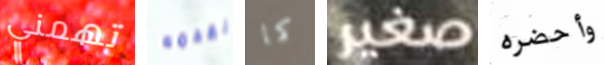
تهمني نقدمه كما صغير وأحضره